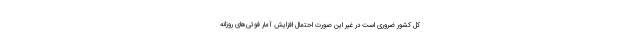
کل کشور ضروری است در غیر این صورت احتمال افزایش آمار فوتی‌های روزانه